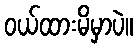
ဝယ်ထားမိမှာပဲ။